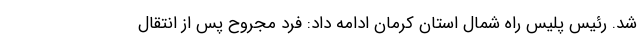
شد. رئیس پلیس راه شمال استان کرمان ادامه داد: فرد مجروح پس از انتقال